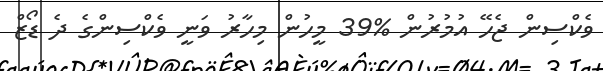
ވެކްސިން ޖެހޭ އުމުރުން %39 މީހުން މިހާރު ވަނީ ވެކްސިންގެ ދެ ޑޯޒް